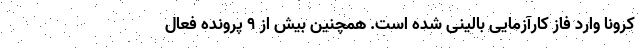
کرونا وارد فاز کارآزمایی بالینی شده است. همچنین بیش از ۹ پرونده فعال